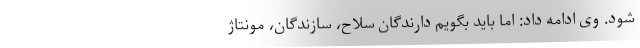
شود. وی ادامه داد: اما باید بگویم دارندگان سلاح، سازندگان، مونتاژ